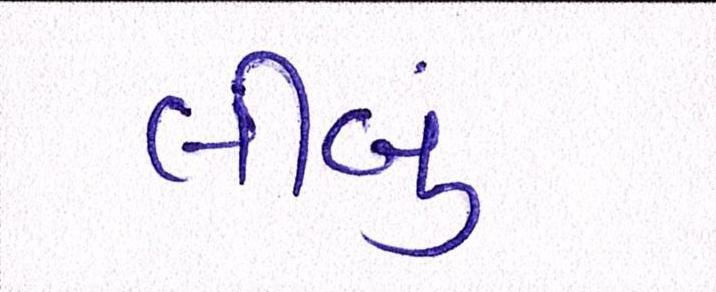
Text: લીબું